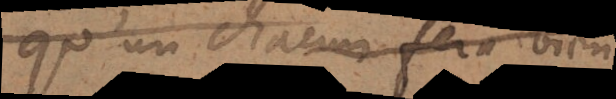
qu’un chacun fera bien